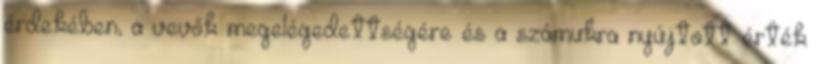
érdekében, a vevők megelégedettségére és a számukra nyújtott érték